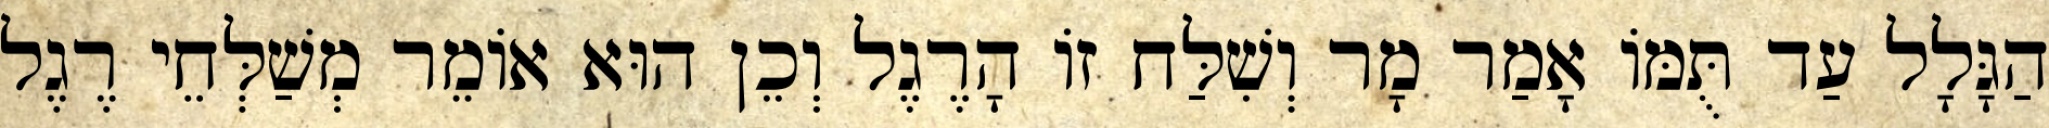
הַגָּלָל עַד תֻּמּוֹ אָמַר מָר וְשִׁלַּח זוֹ הָרֶגֶל וְכֵן הוּא אוֹמֵר מְשַׁלְּחֵי רֶגֶל